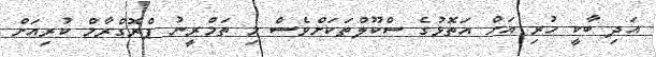
އަދި ބާކީ ހުރި އަށް އަތޮޅުގެ ސްކޫލްތަކަށްވެސް މި ތަމްރީނު ޕްރޮގްރާމް ކުރިއަށް